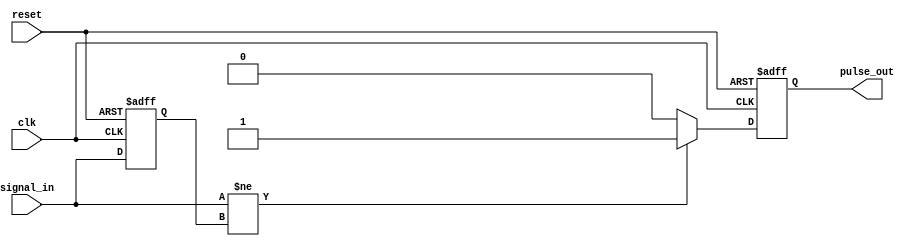
module pulse_edge_detector (
    input  wire clk,           // Clock signal
    input  wire reset,         // Asynchronous reset
    input  wire signal_in,     // Input signal to detect edges
    output reg  pulse_out      // Output pulse signal
);

    // Internal signal to hold the previous state of the input signal
    reg previous_signal;

    // Always block to handle edge detection and pulse generation
    always @(posedge clk or posedge reset) begin
        if (reset) begin
            previous_signal <= 1'b0; // Initialize previous state to low
            pulse_out <= 1'b0;       // Reset pulse output
        end else begin
            // Check for rising or falling edge
            if (signal_in != previous_signal) begin
                pulse_out <= 1'b1;   // Edge detected, generate pulse
            end else begin
                pulse_out <= 1'b0;   // No edge detected, clear pulse
            end
            previous_signal <= signal_in; // Update previous state
        end
    end

endmodule